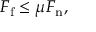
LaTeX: F _ { \mathrm { f } } \leq \mu F _ { \mathrm { n } } ,